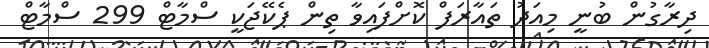
ދިރާގުން ބުނީ މިއަދު ތައާރަފް ކޮށްފައިވާ ތިން ޕެކޭޖަކީ ސްމާޓް 299 ސްމާޓް